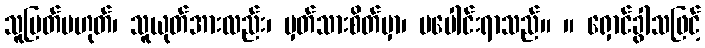
သူမြတ်မဟုတ်၊ သူယုတ်အားလည်း၊ မှတ်သားစိတ်မှာ၊ မပေါင်းရာသည်။ ။ ရှောင်ခွါသဖြင့်